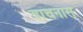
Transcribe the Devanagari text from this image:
वाचनास